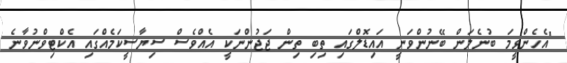
"އެހެންވީމަ ބުނެލަން ބޭނުންވަނީ އައިޑޮލްގައި ތިބި ތިން ޖަޖުންނަކީ އެއްވެސް ސިޔާސީކަމެއްގައި އެކްޓިވްނުވާނެ